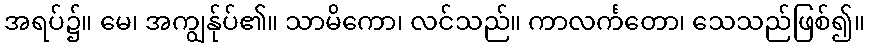
အရပ်၌။ မေ၊ အကျွန်ုပ်၏။ သာမိကော၊ လင်သည်။ ကာလင်္ကတော၊ သေသည်ဖြစ်၍။